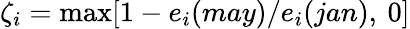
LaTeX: \zeta_{i}=\operatorname*{max}[1-e_{i}(may)/e_{i}(jan),\: 0]